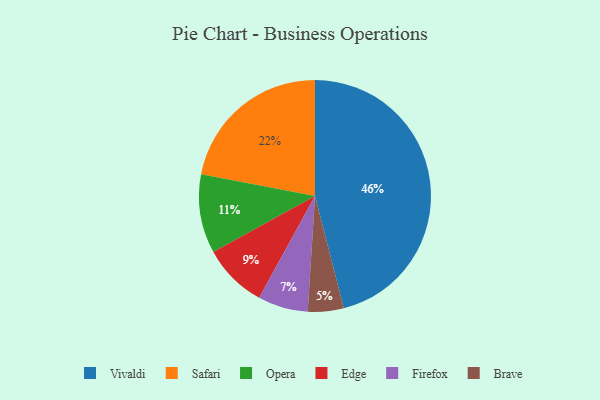
{"axis": {"x": "Category", "y": "Percentage"}, "legend": ["Brave", "Edge", "Firefox", "Opera", "Safari", "Vivaldi"], "data": [{"x": "Brave", "y": 5, "type": "Brave"}, {"x": "Safari", "y": 22, "type": "Safari"}, {"x": "Vivaldi", "y": 46, "type": "Vivaldi"}, {"x": "Edge", "y": 9, "type": "Edge"}, {"x": "Firefox", "y": 7, "type": "Firefox"}, {"x": "Opera", "y": 11, "type": "Opera"}]}